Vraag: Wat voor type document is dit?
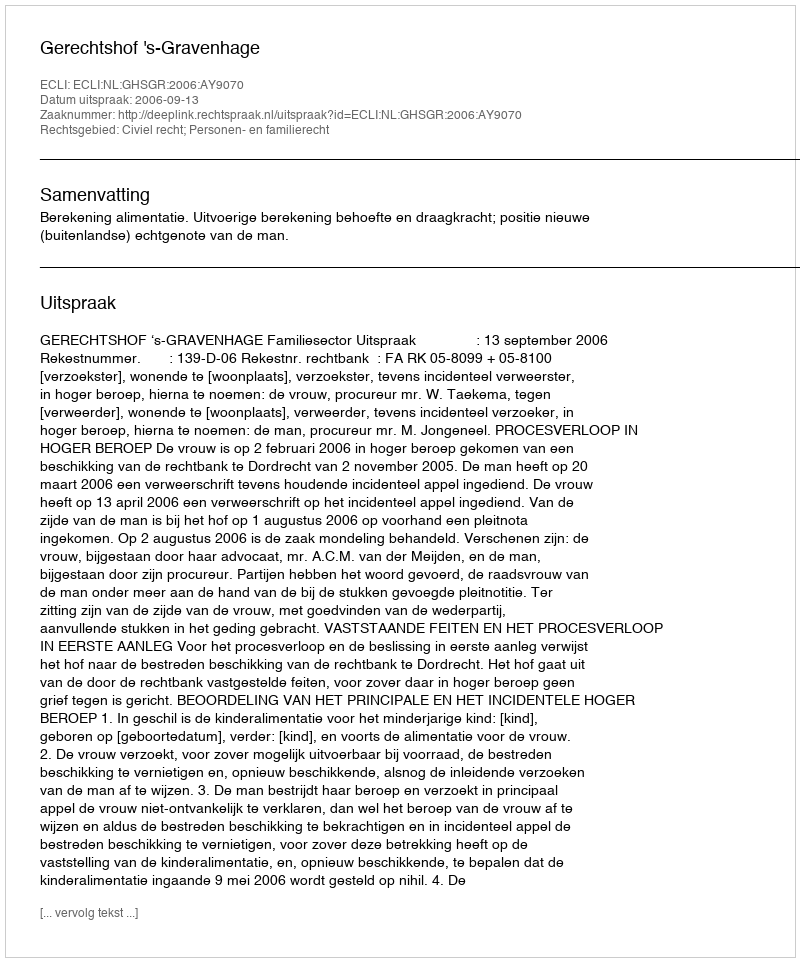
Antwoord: Uitspraak